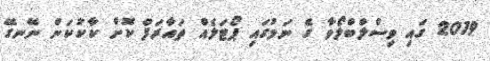
2019 ގައި ވިސްލްބްލޯވާ ގެ ނަމުގައި ޕޯޓަލެއް ތައާރަފް ކޮށް ކާކުކަން ނޭނގޭ